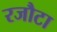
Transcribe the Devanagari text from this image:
रजौटा